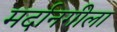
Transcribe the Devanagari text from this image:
मर्दानगीला